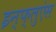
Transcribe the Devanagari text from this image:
इन्फ्लुएंस